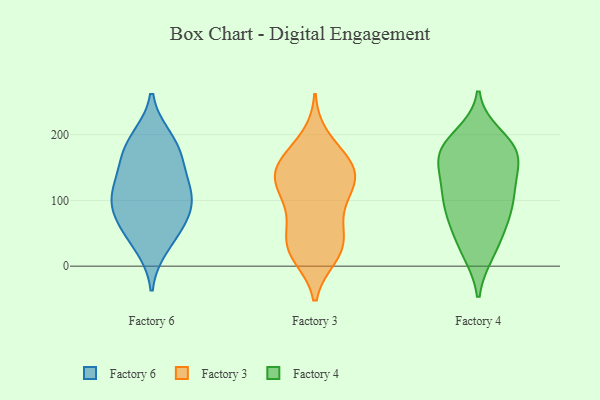
{"axis": {"x": "Customer Acquisition Cost (USD)", "y": "Value"}, "legend": ["Factory 3", "Factory 4", "Factory 6"], "data": [{"x": "", "y": 187, "type": "Factory 6"}, {"x": "", "y": 112, "type": "Factory 6"}, {"x": "", "y": 31, "type": "Factory 6"}, {"x": "", "y": 69, "type": "Factory 6"}, {"x": "", "y": 82, "type": "Factory 6"}, {"x": "", "y": 51, "type": "Factory 6"}, {"x": "", "y": 160, "type": "Factory 6"}, {"x": "", "y": 163, "type": "Factory 6"}, {"x": "", "y": 111, "type": "Factory 6"}, {"x": "", "y": 121, "type": "Factory 6"}, {"x": "", "y": 194, "type": "Factory 6"}, {"x": "", "y": 95, "type": "Factory 6"}, {"x": "", "y": 50, "type": "Factory 3"}, {"x": "", "y": 175, "type": "Factory 3"}, {"x": "", "y": 94, "type": "Factory 3"}, {"x": "", "y": 35, "type": "Factory 3"}, {"x": "", "y": 160, "type": "Factory 3"}, {"x": "", "y": 122, "type": "Factory 3"}, {"x": "", "y": 102, "type": "Factory 3"}, {"x": "", "y": 143, "type": "Factory 3"}, {"x": "", "y": 15, "type": "Factory 3"}, {"x": "", "y": 43, "type": "Factory 3"}, {"x": "", "y": 18, "type": "Factory 3"}, {"x": "", "y": 146, "type": "Factory 3"}, {"x": "", "y": 143, "type": "Factory 3"}, {"x": "", "y": 97, "type": "Factory 3"}, {"x": "", "y": 50, "type": "Factory 3"}, {"x": "", "y": 149, "type": "Factory 3"}, {"x": "", "y": 195, "type": "Factory 3"}, {"x": "", "y": 144, "type": "Factory 3"}, {"x": "", "y": 124, "type": "Factory 3"}, {"x": "", "y": 15, "type": "Factory 3"}, {"x": "", "y": 83, "type": "Factory 4"}, {"x": "", "y": 21, "type": "Factory 4"}, {"x": "", "y": 172, "type": "Factory 4"}, {"x": "", "y": 109, "type": "Factory 4"}, {"x": "", "y": 111, "type": "Factory 4"}, {"x": "", "y": 177, "type": "Factory 4"}, {"x": "", "y": 22, "type": "Factory 4"}, {"x": "", "y": 125, "type": "Factory 4"}, {"x": "", "y": 48, "type": "Factory 4"}, {"x": "", "y": 180, "type": "Factory 4"}, {"x": "", "y": 69, "type": "Factory 4"}, {"x": "", "y": 105, "type": "Factory 4"}, {"x": "", "y": 198, "type": "Factory 4"}, {"x": "", "y": 143, "type": "Factory 4"}, {"x": "", "y": 169, "type": "Factory 4"}, {"x": "", "y": 160, "type": "Factory 4"}, {"x": "", "y": 181, "type": "Factory 4"}, {"x": "", "y": 75, "type": "Factory 4"}]}